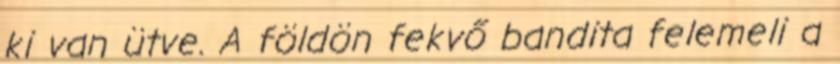
ki van ütve. A földön fekvő bandita felemeli a